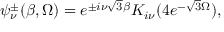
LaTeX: \psi _ { \nu } ^ { \pm } ( \beta , \Omega ) = e ^ { \pm i \nu \sqrt { 3 } \beta } K _ { i \nu } ( 4 e ^ { - \sqrt { 3 } \Omega } ) ,